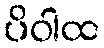
ပိဝါထ